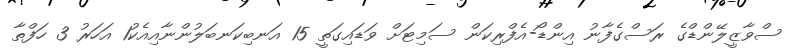
ސްވާޒީލޭންޑްގެ ރަސްގެފާނު އިންޑޯ-އެފްރިކަން ސަމިޓަށް ވަޑައިގަތީ 15 އަނބިކަނބަލުންނާއިއެކު1 އަހަރު 3 ހަފްތާ